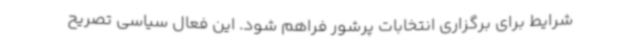
شرایط برای برگزاری انتخابات پرشور فراهم شود. این فعال سیاسی تصریح